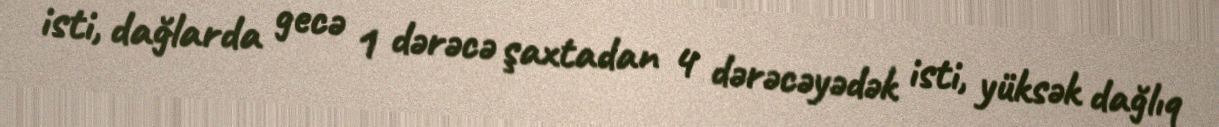
isti, dağlarda gecə 1 dərəcə şaxtadan 4 dərəcəyədək isti, yüksək dağlıq